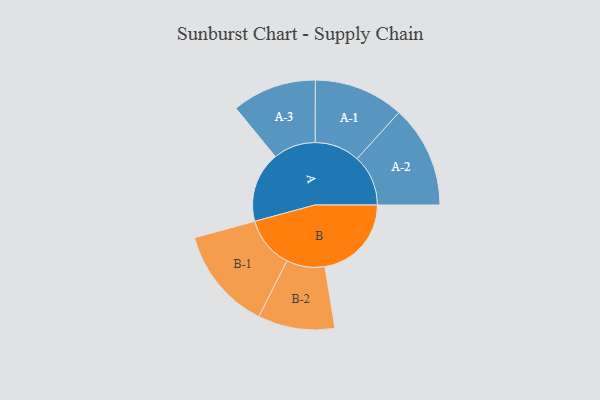
{"axis": {"x": "Segment", "y": "Value"}, "legend": ["", "A", "B"], "data": [{"x": "A", "y": 371, "type": ""}, {"x": "B", "y": 455, "type": ""}, {"x": "A-1", "y": 237, "type": "A"}, {"x": "A-2", "y": 269, "type": "A"}, {"x": "A-3", "y": 222, "type": "A"}, {"x": "B-1", "y": 271, "type": "B"}, {"x": "B-2", "y": 202, "type": "B"}]}